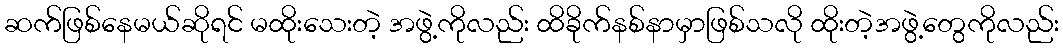
ဆက်ဖြစ်နေမယ်ဆိုရင် မထိုးသေးတဲ့ အဖွဲ့ကိုလည်း ထိခိုက်နစ်နာမှာဖြစ်သလို ထိုးတဲ့အဖွဲ့တွေကိုလည်း